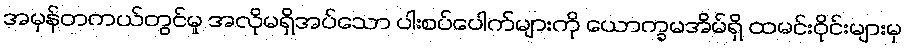
အမှန်တကယ်တွင်မူ အလိုမရှိအပ်သော ပါးစပ်ပေါက်များကို ယောက္ခမအိမ်ရှိ ထမင်းဝိုင်းများမှ